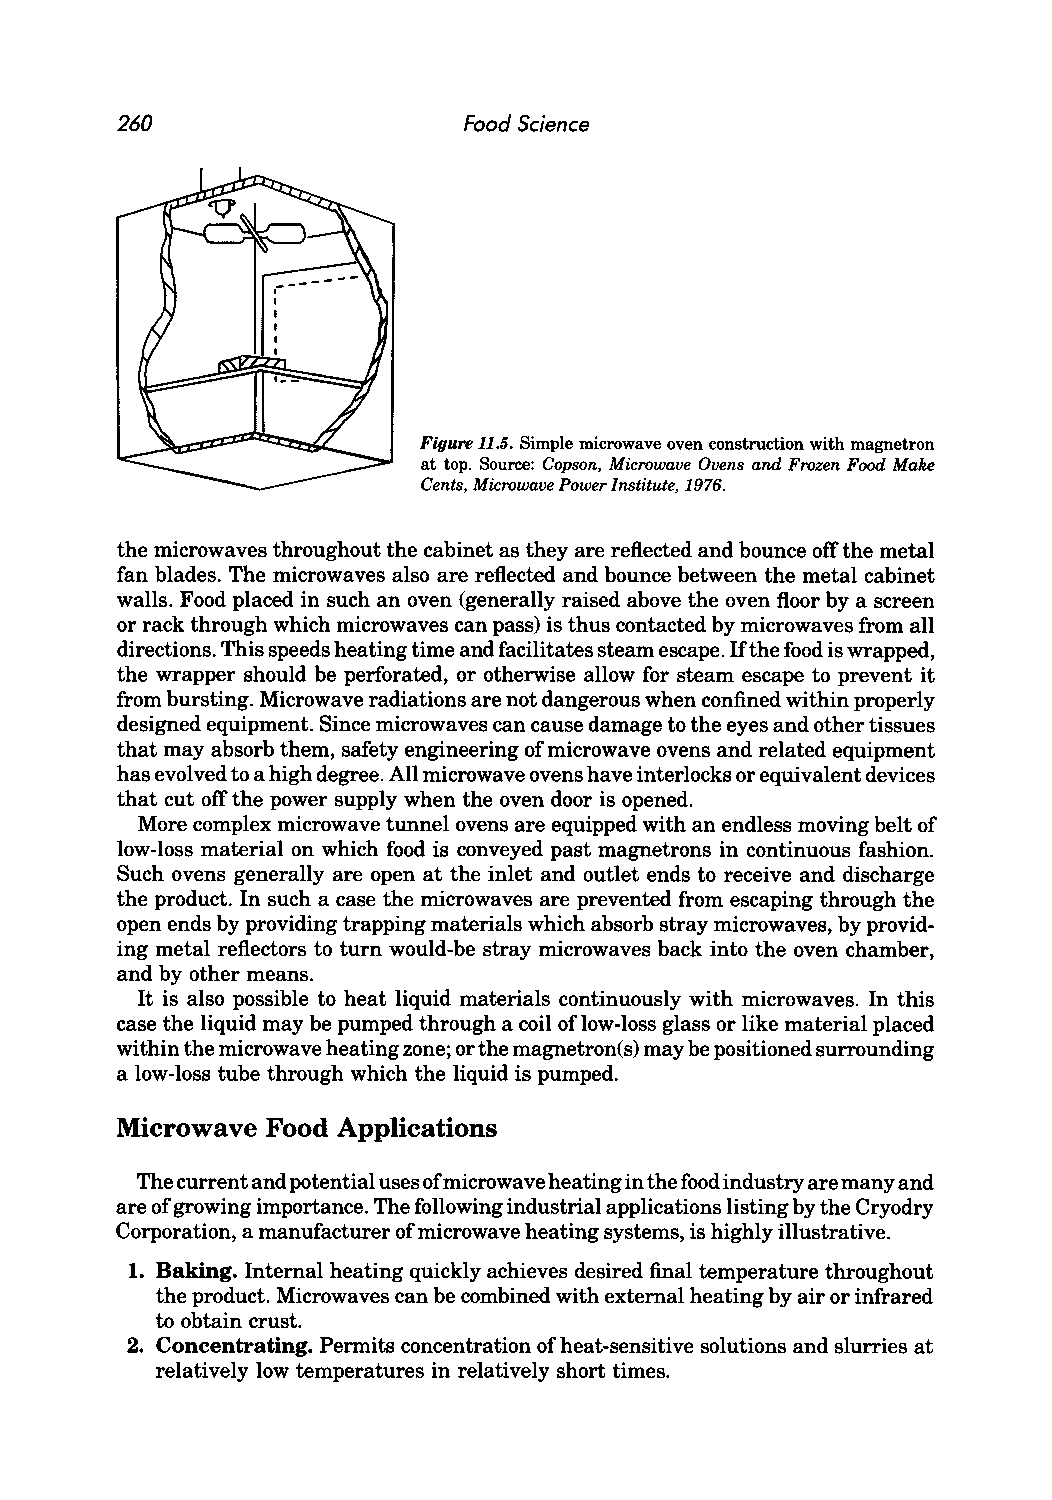
260                    Food Science
 Figure 11.5. Simple microwave oven construction with magnetron
 at top. Source: Copson, Microwave Ovens and Frozen Food Make
 Cents, Microwave Power Institute, 1976.
 the microwaves throughout the cabinet as they are reflected and bounce off the metal
 fan blades. The microwaves also are reflected and bounce between the metal cabinet
 walls. Food placed in such an oven (generally raised above the oven floor by a screen
 or rack through which microwaves can pass) is thus contacted by microwaves from all
 directions. This speeds heating time and facilitates steam escape. Ift he food is wrapped,
 the wrapper should be perforated, or otherwise allow for steam escape to prevent it
 from bursting. Microwave radiations are not dangerous when confined within properly
 designed equipment. Since microwaves can cause damage to the eyes and other tissues
 that may absorb them, safety engineering of microwave ovens and related equipment
 has evolved to a high degree. All microwave ovens have interlocks or equivalent devices
 that cut off the power supply when the oven door is opened.
 More complex microwave tunnel ovens are equipped with an endless moving belt of
 low-loss material on which food is conveyed past magnetrons in continuous fashion.
 Such ovens generally are open at the inlet and outlet ends to receive and discharge
 the product. In such a case the microwaves are prevented from escaping through the
 open ends by providing trapping materials which absorb stray microwaves, by provid
 ing metal reflectors to tum would-be stray microwaves back into the oven chamber,
 and by other means.
 It is also possible to heat liquid materials continuously with microwaves. In this
 case the liquid may be pumped through a coil of low-loss glass or like material placed
 within the microwave heating zone; or the magnetron(s) may be positioned surrounding
 a low-loss tube through which the liquid is pumped.
 Microwave Food Applications
 The current and potential uses ofm icrowave heating in the food industry are many and
 are of growing importance. The following industrial applications listing by the Cryodry
 Corporation, a manufacturer of microwave heating systems, is highly illustrative.
 1. Baking. Internal heating quickly achieves desired final temperature throughout
 the product. Microwaves can be combined with external heating by air or infrared
 to obtain crust.
 2. Concentrating. Permits concentration of heat-sensitive solutions and slurries at
 relatively low temperatures in relatively short times.